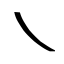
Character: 乀